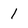
Character: 1